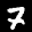
Label: 7